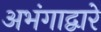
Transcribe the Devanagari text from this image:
अभंगाद्वारे